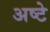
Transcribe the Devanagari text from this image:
अष्टे